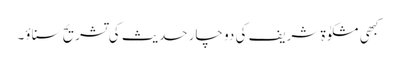
کبھی مشکوٰة شریف کی دو چار حدیث کی تشریح سناؤ۔